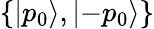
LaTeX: \{ |p_{0}\rangle,|{-p_{0}}\rangle\}